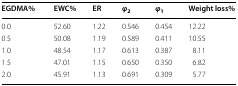
<table><thead><tr><td><b>EGDMA%</b></td><td><b>EWC%</b></td><td><b>ER</b></td><td><b><i>φ</i><sub>2</sub></b></td><td><b><i>φ</i><sub>1</sub></b></td><td><b>Weight loss%</b></td></tr></thead><tbody><tr><td>0.0</td><td>52.60</td><td>1.22</td><td>0.546</td><td>0.454</td><td>12.22</td></tr><tr><td>0.5</td><td>50.08</td><td>1.19</td><td>0.589</td><td>0.411</td><td>10.55</td></tr><tr><td>1.0</td><td>48.54</td><td>1.17</td><td>0.613</td><td>0.387</td><td>8.11</td></tr><tr><td>1.5</td><td>47.01</td><td>1.15</td><td>0.650</td><td>0.350</td><td>6.82</td></tr><tr><td>2.0</td><td>45.91</td><td>1.13</td><td>0.691</td><td>0.309</td><td>5.77</td></tr></tbody></table>